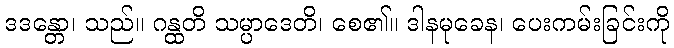
ဒဒန္တော၊ သည်။ ဂန္ထတိ သမ္ပာဒေတိ၊ စေ၏။ ဒါနမုခေန၊ ပေးကမ်းခြင်းကို